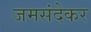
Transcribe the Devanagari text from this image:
जमसंदेकर